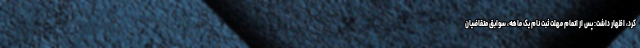
کرد، اظهار داشت: پس از اتمام مهلت ثبت نام یک ماهه، سوابق متقاضیان